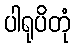
ပါရုပိတုံ